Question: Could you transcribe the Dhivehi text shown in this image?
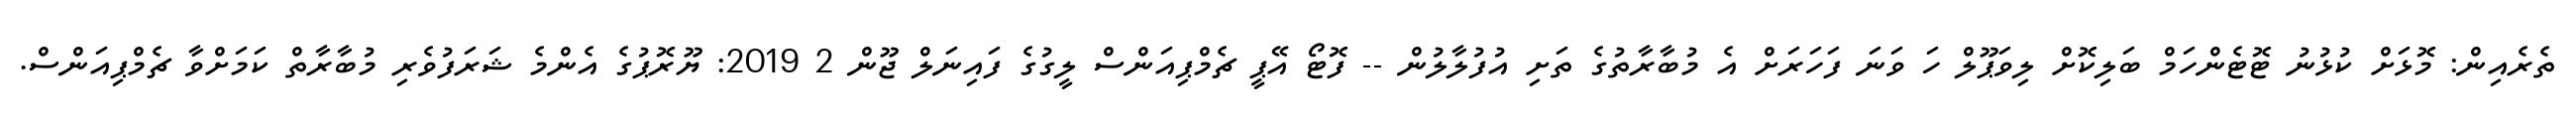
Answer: ތެރެއިން: މޮޅަށް ކުޅުނު ޓޮޓެންހަމް ބަލިކޮށް ލިވަޕޫލް ހަ ވަނަ ފަހަރަށް އެ މުބާރާތުގެ ތަށި އުފުލާލުން -- ފޮޓޯ އޭޕީ ޗެމްޕިއަންސް ލީގުގެ ފައިނަލް ޖޫން 2 2019: ޔޫރޮޕުގެ އެންމެ ޝަރަފުވެރި މުބާރާތް ކަމަށްވާ ޗެމްޕިއަންސް.